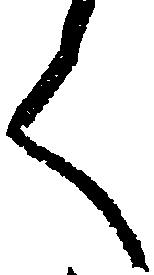
く